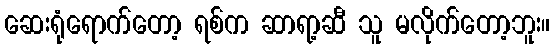
ဆေးရုံရောက်တော့ ရစ်က ဆာရာ့ဆီ သူ မလိုက်တော့ဘူး။